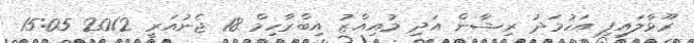
ރޫޅާލައިފި އަހުމަދު ރިޝާން އަދި މުއިއްޒު އިބްރާހިމް 18 ޖެނުއަރީ 2012 15:05